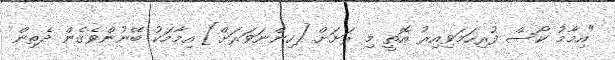
"އިމާމު ކޯސް ފުރިހަމަވިއިރު އޮތީ މި ރަށަށް [ހިންނަވަރަށް] އިމާމަކު ބޭނުންވެގެން ދެތިން